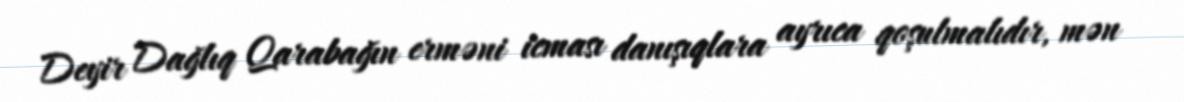
Deyir Dağlıq Qarabağın erməni icması danışıqlara ayrıca qoşulmalıdır, mən